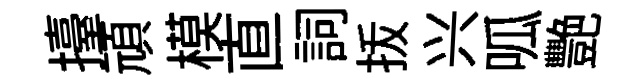
擡頑模直詞㧞兴呱艷